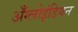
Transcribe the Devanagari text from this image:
अँग्लोइंडियन